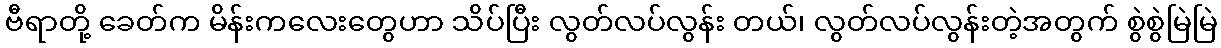
ဗီရာတို့ ခေတ်က မိန်းကလေးတွေဟာ သိပ်ပြီး လွတ်လပ်လွန်း တယ်၊ လွတ်လပ်လွန်းတဲ့အတွက် စွဲစွဲမြဲမြဲ